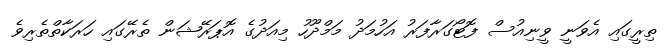
ތިރީގައި އެވަނީ ވީނިއުސް ފޮޓޯގަރާފަރު އަހުމަދު މަމްދޫހު މިއަދުގެ އޮޕަރޭޝަން ތެރޭގައި ހަރަކާތްތެރިވެ